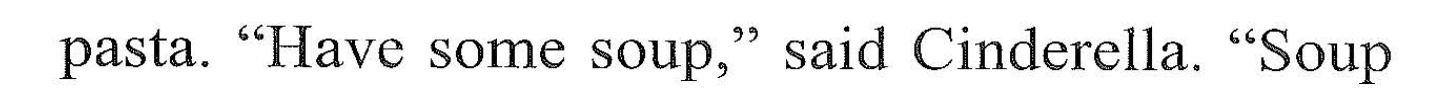
pasta. "IHave some soup." said Cindcrclla."Soup